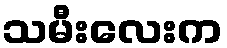
သမီးလေးက